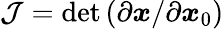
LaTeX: \mathcal{J}=\operatorname*{det}\left(\partial\boldsymbol{x}/\partial\boldsymbol{x}_{0}\right)